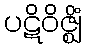
ပဋိဝိဇ္ဈိံ